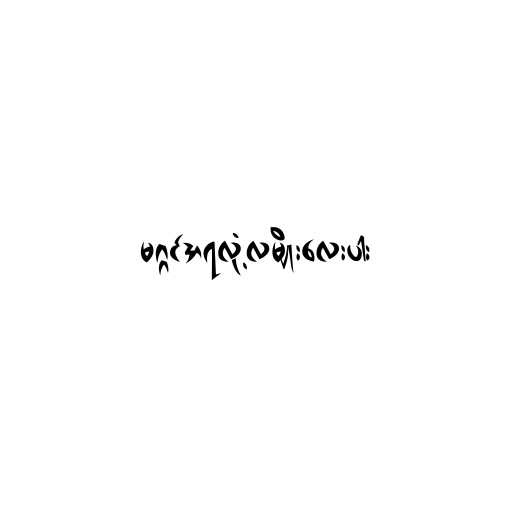
မဂ္ဂင်အရလုံ့လမျိုးလေးပါး